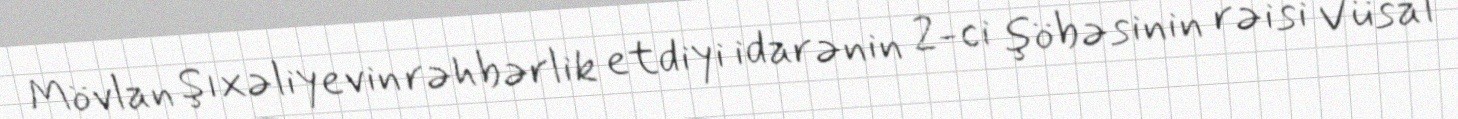
Mövlan Şıxəliyevin rəhbərlik etdiyi idarənin 2-ci şöbəsinin rəisi Vüsal